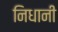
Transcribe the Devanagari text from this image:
निधानी